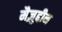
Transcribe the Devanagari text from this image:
मैज़ुद्दीन